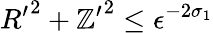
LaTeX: {R^{\prime}}^{2}+{\mathbb{Z}^{\prime}}^{2}\le\epsilon^{-2\sigma_{1}}